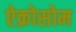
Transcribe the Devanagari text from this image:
ऐक्रोसोम